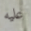
عليه